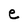
Character: e